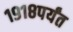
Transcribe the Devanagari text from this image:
१९१८पर्यंत